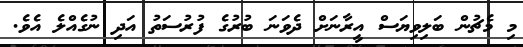
މި މެޗުން ބަލިވިޔަސް އީރާނަށް ދެވަނަ ބުރުގެ ފުރުސަތު އަދި ނުގެއްލެ އެވެ.